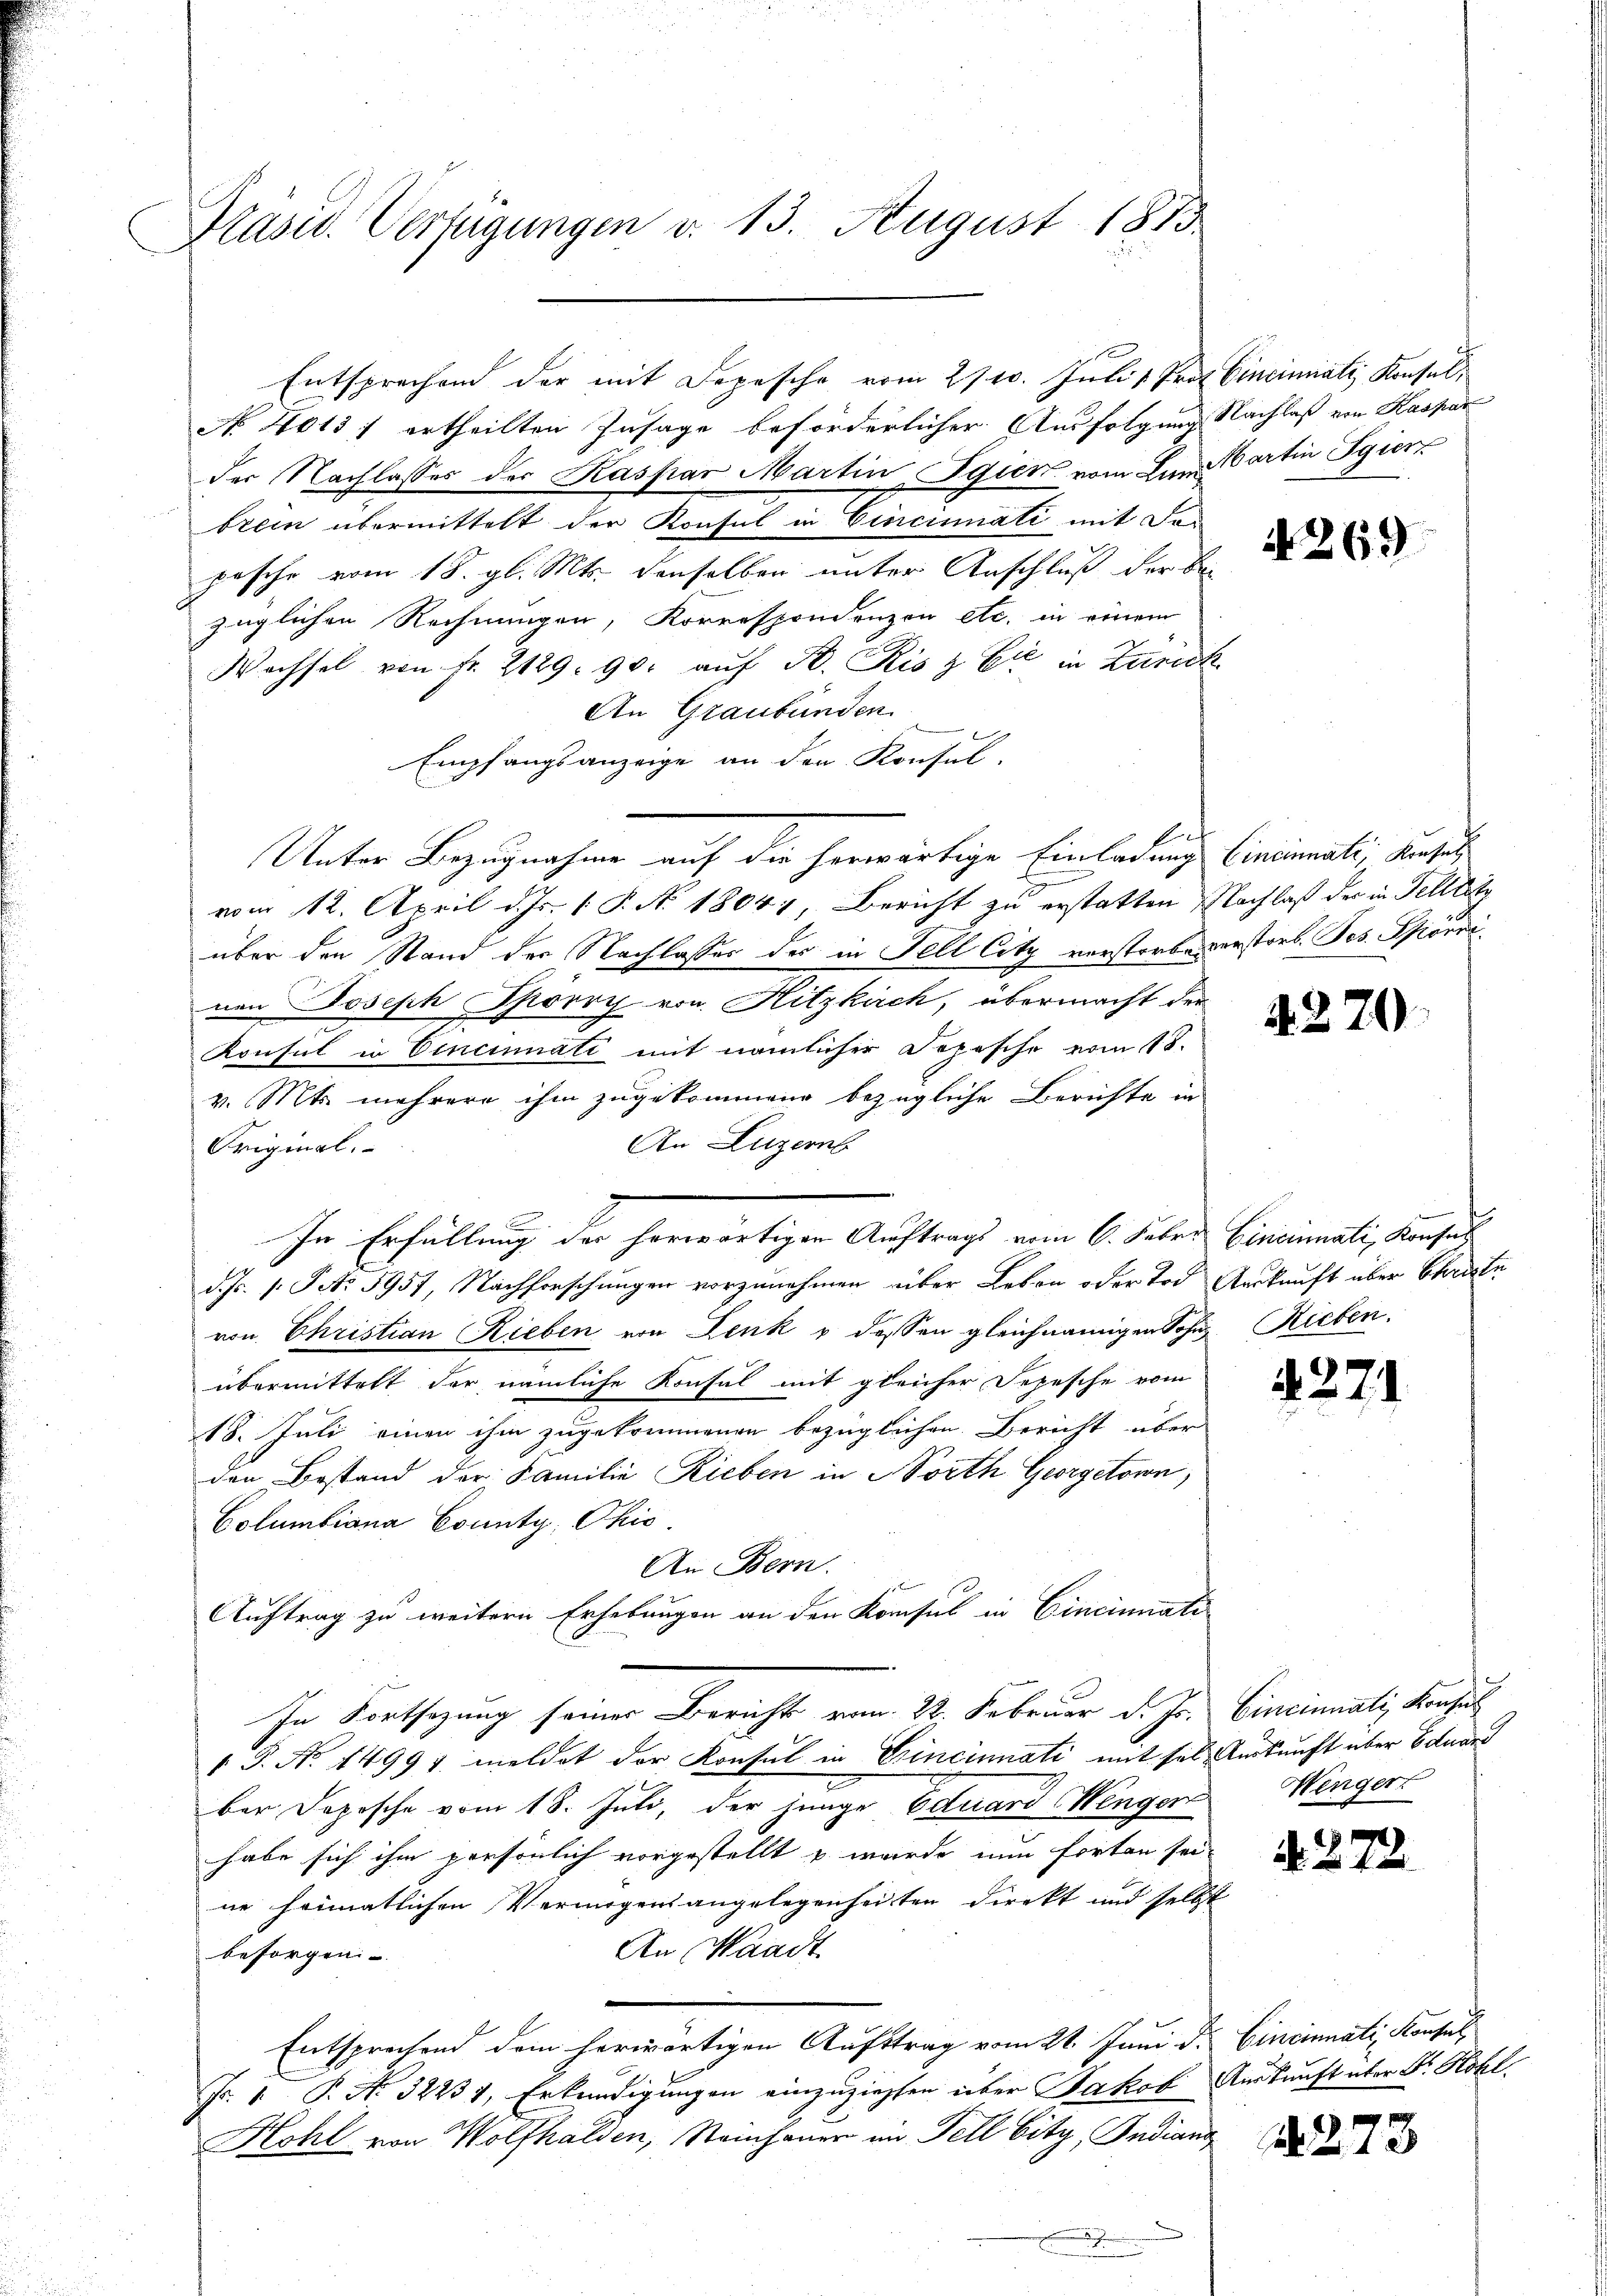
Präsid.. Verfügungen d. 13. August 1873.

Entsprechen der mit Depesche vom 2/10. Juli 1 Prof. Cinciniati, Konsul,
No N0131 ertheilten Zusage beförderlicher Ausfolgung Nachlaß von Kaspar
der Nachlasses der Kaspar Martin Igick vom Ein Martin Egier
brei übermittelt der Konsul in Cincinati mit Fapasche vom 18. gl. Mts. denselben unter Anschluß der Be-
züglichen Rechnungen, Korrespondenzen etc. in einem
Wechsel von Fr. 2129. 90. aŭf B. Ris & Cie in Zürich
An Graubünden.
Empfangsanzeige an den Konsul-
E
Unter Bezugnahme auf die herwärtige Einladung Cincinati, Basel
vom 12. April d. Js. v. P. N. 1804), Bericht zu erstatten Nachlaß der in Fellnitz
über den Stand der Nachlasses des in Fell Citz verstorbe verstorb. Jos. Spörri,
nen Joseph Spörry von Hitzkirch, übermacht der
Konsul in Cincinati mit nämlicher Depesche vom 18.
v. Mts. mehrere ihm zugekommene bezügliche Berichte in
An Luzernb
Original
In Erfüllung der herwärtigen Auftrags vom 6. Jaber Cincinali, Konsul
d. Js. 1. Oct. 5957, Nachforschungen vorzunehmen über Leben oder Tod Auskunft über Stadeln
von Christian Rieben von Denk v dessen gleichnamigen Sohn Rieben.
übermittelt der nämliche Konsul mit gleicher Depesche vom
18. Juli einen ihm zugekommenen bezüglichen Bericht über
den Bestand der Familie Rieben in Vorth Georgetown,
Columbiana County, Ohio
An Bern.
1
Auftrag zu weitern Erhebungen an den Konsul in Cincinati
In Fortsezung seiner Berichts vom 22. Februar d. Js.
1 P. No. 14995 meldet der Konsul in Princinati mit sel. Auskunft über Eduard
ber Dopische vom 18. Juli, der junge Eduard Wenger
habe sich ihm persönlich vorgestellt u wurde nun forten sei-
ne heimatlichen Vermögensangelegenheiten Direkt und selbst
An Waadt
besorgen.
Entsprechend dem herwärtigen Auftrag vom 21. Juni d. Cincinnati, Konsul
Fr. 1 P. No 32237, Erkundigungen einzuziehen über Jakob Auskunft über Dr. Röhl.
Kohl von Wolfhalden, Steinhauer im Fell bitz, Indiana

A 269

4270.

4271

Cincinati Konsul
Hingert

d. 272.

1273